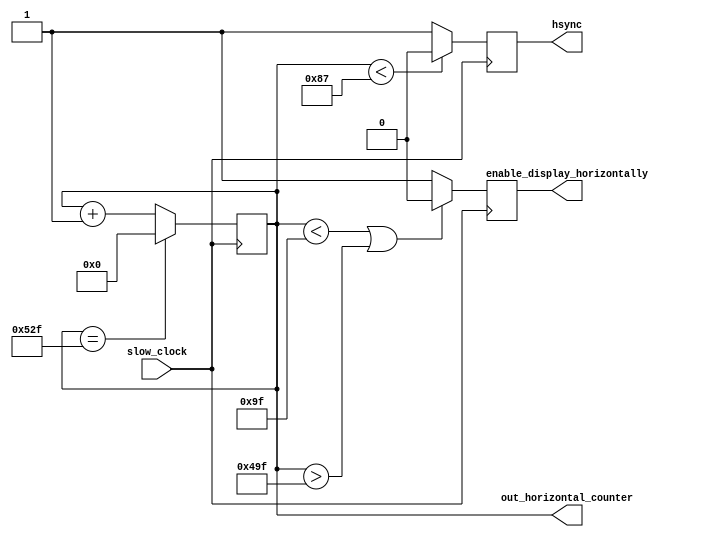
`timescale 1ns / 1ps
module horizontal_count
	#(parameter SYNC_PULSE = 11'd136,
					WHOLE_LINE = 11'd1328,
					FRONT_PORCH = 11'd24,
					BACK_PORCH = 11'd144,
					VISIBLE_AREA = 11'd1024
					)(
	input slow_clock,
	output [10:0] out_horizontal_counter,
	output reg enable_display_horizontally,
	output reg hsync
    );
	 
  reg [10:0] horizontal_counter = 0;
	always @ (posedge slow_clock) begin
		if (horizontal_counter < SYNC_PULSE - 1) 
			hsync <= 0;
		else 
			hsync <= 1;
		if (horizontal_counter == WHOLE_LINE - 1)
			horizontal_counter <= 0;
		else
			horizontal_counter <= horizontal_counter + 1;
		if ((horizontal_counter < SYNC_PULSE + FRONT_PORCH - 1) || (horizontal_counter > VISIBLE_AREA + SYNC_PULSE + FRONT_PORCH - 1))
			enable_display_horizontally <= 0;
		else
			enable_display_horizontally <= 1;
	end
	
	assign out_horizontal_counter = horizontal_counter;

endmodule